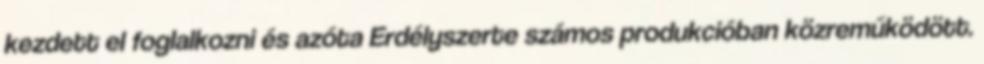
kezdett el foglalkozni és azóta Erdélyszerte számos produkcióban közreműködött.